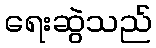
ရေးဆွဲသည်